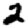
Digit: 2